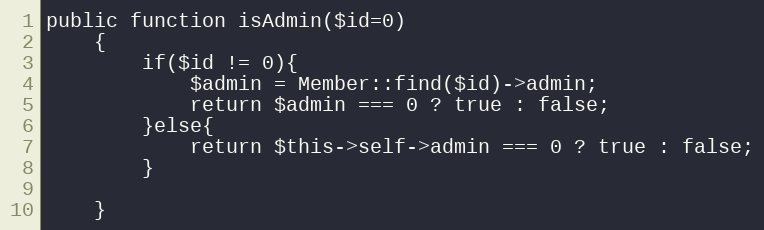
Language: PHP
public function isAdmin($id=0)
	{
		if($id != 0){
			$admin = Member::find($id)->admin;
			return $admin === 0 ? true : false;
		}else{
			return $this->self->admin === 0 ? true : false;
		}

	}